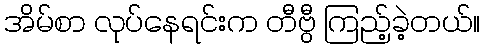
အိမ်စာ လုပ်နေရင်းက တီဗွီ ကြည့်ခဲ့တယ်။